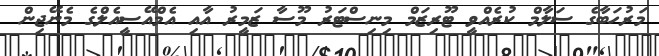
މަރުހަބާގެ ސަލާމް ކުރެއްވީ ޓޫރިޒަމް މިނިސްޓަރު މޫސާ ޒަމީރު އާއި އެމްއޭސީއެލްގެ މެނޭޖިން